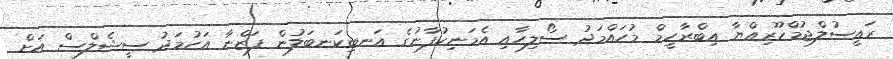
ރައީސުލްޖުމްހޫރިއްޔާ އިބްރާހީމް މުހައްމަދު ސޯލިހާއި އެމަނިކުފާނުގެ އަނބިކަނބަލުން ފަޒްނާ އަހުމަދު ސީޝެލްސް އަށް